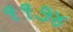
૧૧૭૪